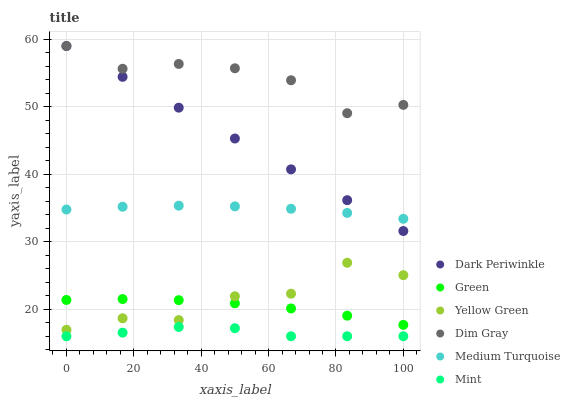
| xaxis_label | Dark Periwinkle | Green | Yellow Green | Dim Gray | Medium Turquoise | Mint |
 | --- | --- | --- | --- | --- | --- | --- |
 | 0 | 59 | 21.4 | 17 | 59 | 34.8 | 16 |
 | 16.7 | 54.4 | 21.5 | 18.7 | 55.6 | 35.2 | 16.5 |
 | 33.3 | 49.9 | 21.3 | 18.4 | 56.3 | 35.3 | 17.4 |
 | 50 | 45.3 | 20.9 | 21.9 | 55.7 | 35.2 | 17.2 |
 | 66.7 | 40.7 | 20.1 | 22.3 | 53.9 | 34.9 | 16 |
 | 83.3 | 36.2 | 19.1 | 26.9 | 49 | 34.3 | 16 |
 | 100 | 31.6 | 17.7 | 25 | 50.3 | 33.4 | 16 |